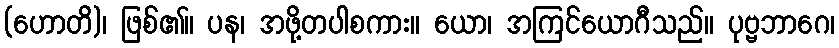
(ဟောတိ)၊ ဖြစ်၏။ ပန၊ အဖို့တပါစကား။ ယော၊ အကြင်ယောဂီသည်။ ပုဗ္ဗဘာဂေ၊